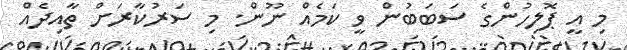
މި އީ ޕޮލިހުންގެ ސަބަބުން ވީ ކަމެއް ނޫން. މި ސަރުކާރަށް ތާއިދެއް